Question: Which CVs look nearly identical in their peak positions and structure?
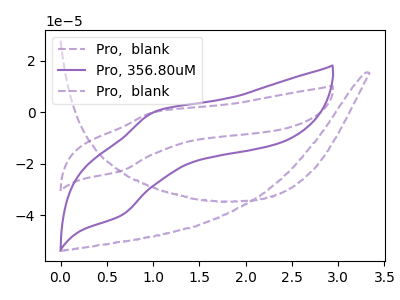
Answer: <think>The purple dashed curve "Pro,  blank" has an anodic peak at (1.05V, 0.20uA) and a cathodic peak at (0.65V, -22.70uA). The purple curve "Pro, 356.80uM" has an anodic peak at (1.05V, 0.35uA) and a cathodic peak at (0.65V, -39.95uA). The purple dashed curve "Pro,  blank" has no peaks.
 All the peaks in "Pro,  blank" have a peak in "Pro, 356.80uM" at the same potential. Every peak in "Pro,  blank" is lower than every peak in "Pro, 356.80uM". "Pro,  blank" and "Pro,  blank" have a different number of peaks. "Pro, 356.80uM" and "Pro,  blank" have a different number of peaks.</think>
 <answer>"Pro, 356.80uM" and "Pro,  blank" have the same shape and are likely CV's of the same chemical.</answer>
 <eval>"Pro, 356.80uM" "Pro,  blank"</eval>